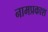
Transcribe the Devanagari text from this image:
नामप्रकाश